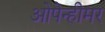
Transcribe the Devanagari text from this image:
ओपेन्हीमर